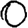
Digit: 0